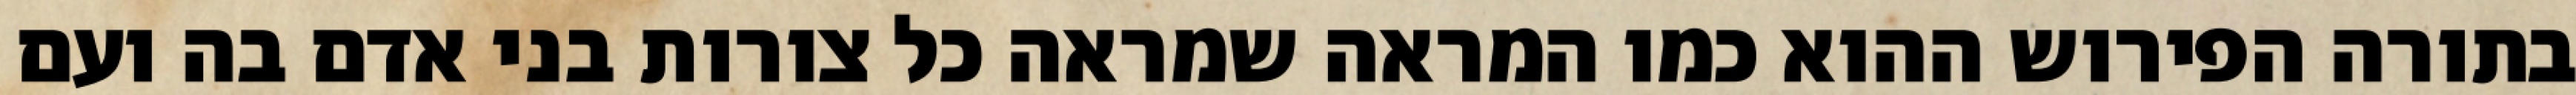
בתורה הפירוש ההוא כמו המראה שמראה כל צורות בני אדם בה ועם